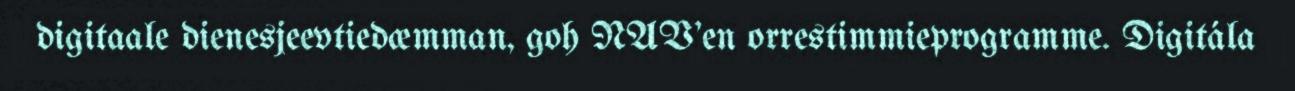
digitaale dienesjeevtiedæmman, goh NAV'en orrestimmieprogramme. Digitála